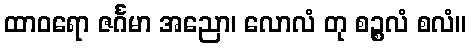
ထာဝရော ဇင်္ဂမာ အညော၊ လောလံ တု စဉ္စလံ စလံ။